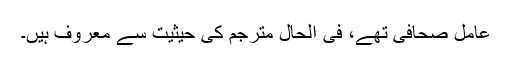
عامل صحافی تھے، فی الحال مترجم کی حیثیت سے معروف ہیں۔